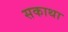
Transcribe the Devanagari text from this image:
सकाथा